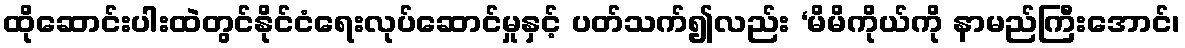
ထိုဆောင်းပါးထဲတွင်နိုင်ငံရေးလုပ်ဆောင်မှုနှင့် ပတ်သက်၍လည်း ‘မိမိကိုယ်ကို နာမည်ကြီးအောင်၊